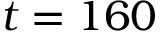
t = 1 6 0